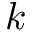
\boldsymbol k